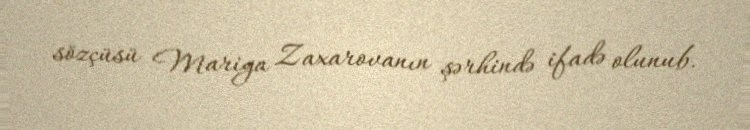
sözçüsü Mariya Zaxarovanın şərhində ifadə olunub.